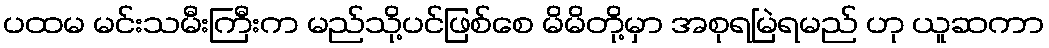
ပထမ မင်းသမီးကြီးက မည်သို့ပင်ဖြစ်စေ မိမိတို့မှာ အစုရမြဲရမည် ဟု ယူဆကာ